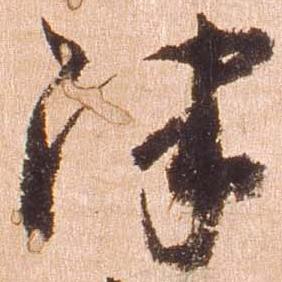
津